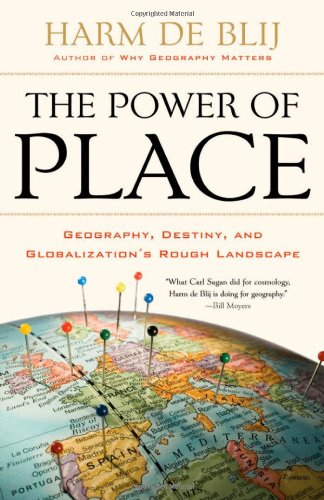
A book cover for The Power of Place: Geography, Destiny, and Globalization's Rough Landscape; Harm de Blij; Science & Math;